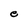
Character: e